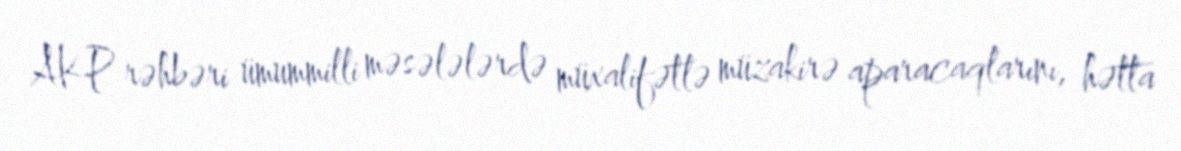
AKP rəhbəri ümummilli məsələlərdə müxalifətlə müzakirə aparacaqlarını, hətta